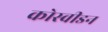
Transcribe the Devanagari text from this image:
कोस्वीडन